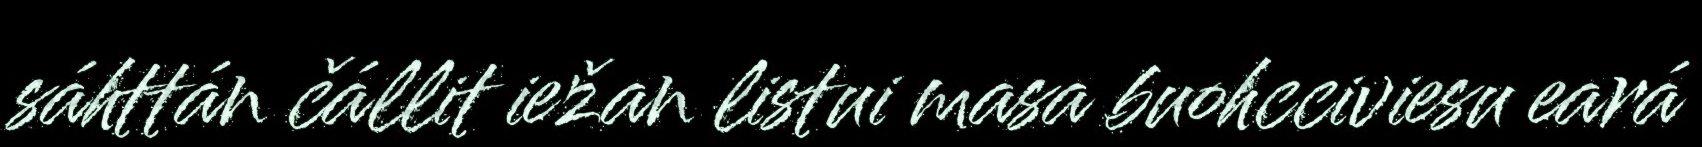
sáhttán čállit iežan listui masa buohcciviesu eará